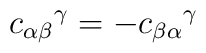
{c_{\alpha\beta}}^\gamma = - {c_{\beta\alpha}}^\gamma